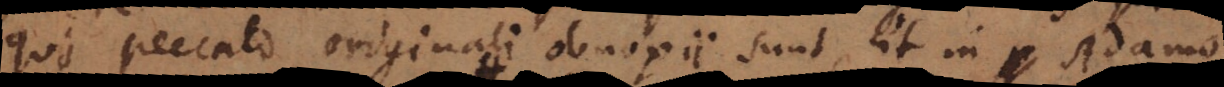
qui peccato originali obnoxii sunt, et in Adamo